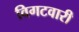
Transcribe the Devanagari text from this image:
विगटवारी